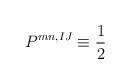
LaTeX: \begin{align*}P^{mn,IJ} \equiv \frac{1}{2}\end{align*}